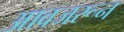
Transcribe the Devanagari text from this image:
आवजरून